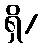
ရှိ/